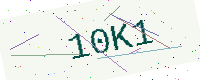
Text: 10K1